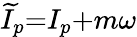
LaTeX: \widetilde{I}_{p}{=}I_{p}{+}m\omega